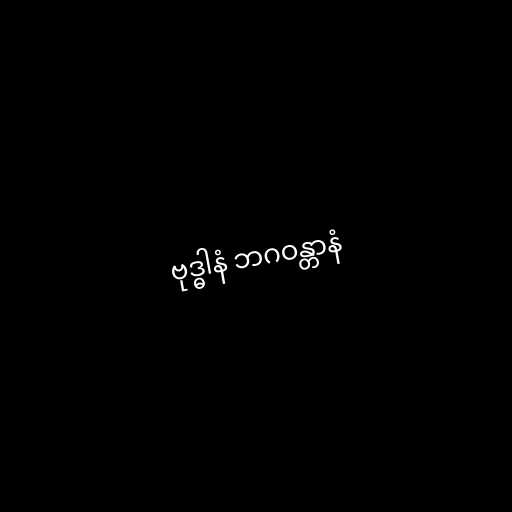
ဗုဒ္ဓါနံ ဘဂဝန္တာနံ